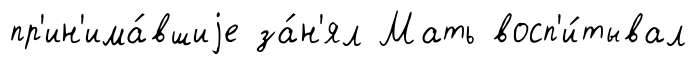
пр'ин'има́вшиjе за́н'ял Мать восп'и́тывал